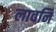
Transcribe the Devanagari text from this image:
लावनि